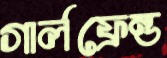
গার্লফ্রেন্ড